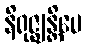
နိရုဇ္ဈန္တိပေ